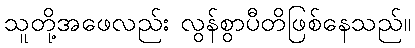
သူတို့အဖေလည်း လွန်စွာပီတိဖြစ်နေသည်။